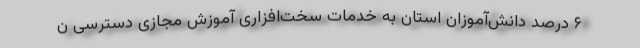
۶ درصد دانش‌آموزان استان به خدمات سخت‌افزاری آموزش مجازی دسترسی ن